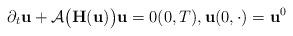
LaTeX: \begin{align*}\partial_{t} \mathbf{u} +\mathcal{A}\big(\mathbf{H}(\mathbf{u})\big) \mathbf{u} = 0 (0, T), \mathbf{u}(0, \cdot) = \mathbf{u}^{0}\end{align*}